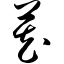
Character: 藏